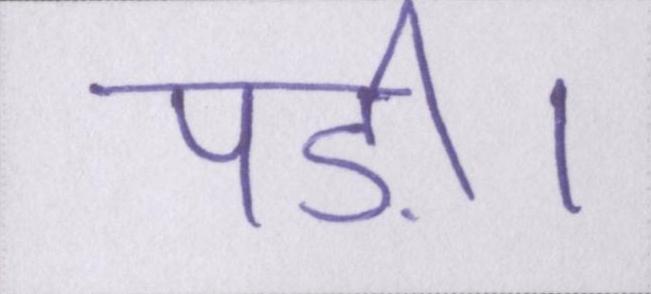
पड़ी।